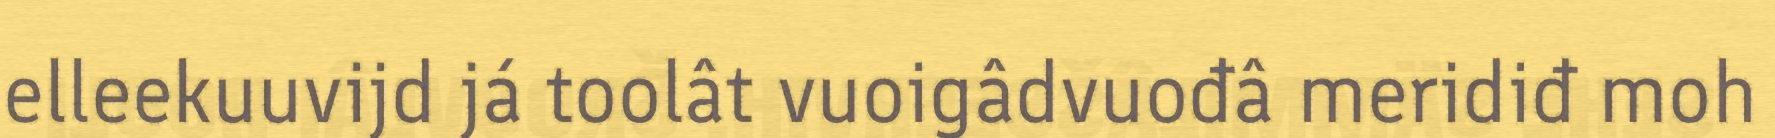
elleekuuvijd já toolât vuoigâdvuođâ meridiđ moh